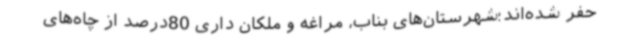
حفر شده‌اند؛شهرستان‌های بناب، مراغه و ملکان داری 80درصد از چاه‌های